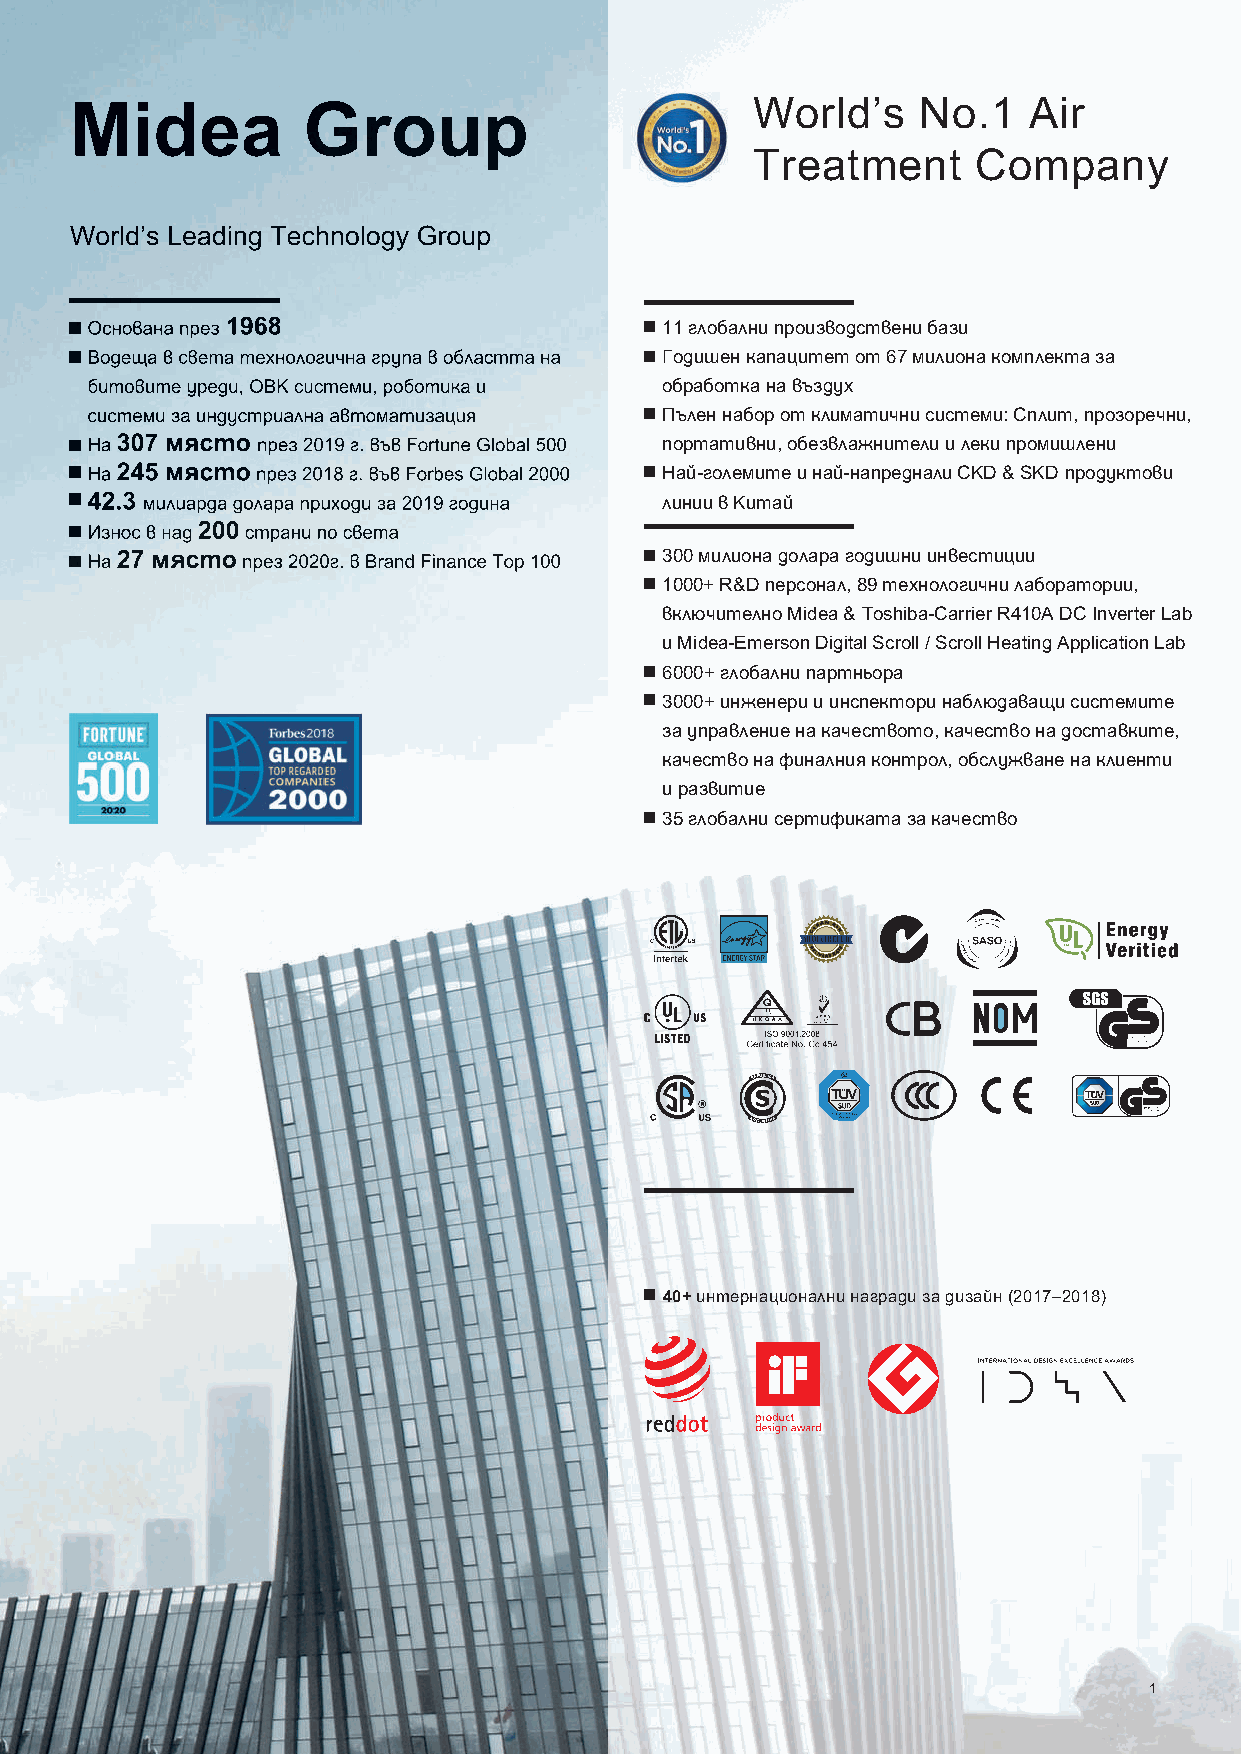
Midea          Group                         World’s    No.1   Air
 Treatment      Company
 World’s Leading Technology Group
 Основана през1968                     11 глобални производствени бази
 Водеща в света технологична група в областта на Годишен капацитет от 67 милиона комплекта за
 битовите уреди, ОВК системи, роботика и обработка на въздух
 системи за индустриална автоматизация Пълен набор от климатични системи: Сплит, прозоречни,
 На 307 мястопрез 2019 г. във Fortune Global 500 портативни, обезвлажнители и леки промишлени
 На 245 място през 2018 г. във Forbes Global 2000 Най-големите и най-напреднали CKD & SKD продуктови
 42.3 милиарда долара приходи за 2019 година линии в Китай
 Износ в над 200 страни по света
 На 27 място през 2020г. в Brand Finance Top 100 300 милиона долара годишни инвестиции
 1000+ R&D персонал, 89 технологични лаборатории,
 включително Midea & Toshiba-Carrier R410A DC Inverter Lab
 и Midea-Emerson Digital Scroll / Scroll Heating Application Lab
 6000+ глобални партньора
 3000+ инженери и инспектори наблюдаващи системите
 за управление на качеството, качество на доставките,
 качество на финалния контрол, обслужване на клиенти
 и развитие
 35 глобални сертификата за качество
 40+ интернационални награди за дизайн (2017–2018)
 1